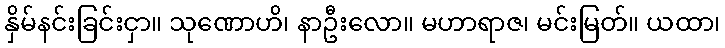
နှိမ်နင်းခြင်းငှာ။ သုဏောဟိ၊ နာဦးလော။ မဟာရာဇ၊ မင်းမြတ်။ ယထာ၊